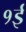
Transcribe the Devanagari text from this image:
१ई